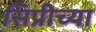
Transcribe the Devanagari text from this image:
सिप्रीच्या